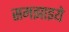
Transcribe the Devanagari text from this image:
समझाइये